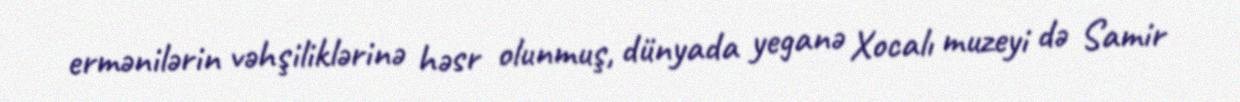
ermənilərin vəhşiliklərinə həsr olunmuş, dünyada yeganə Xocalı muzeyi də Samir